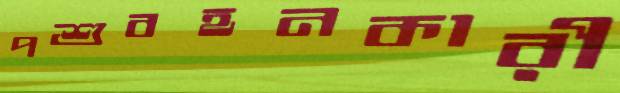
পশুবহনকারী